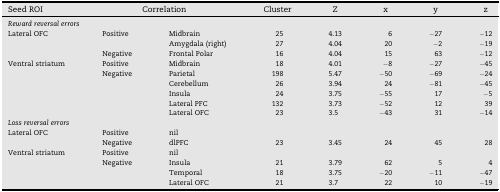
<table><thead><tr><td><b>Seed ROI</b></td><td colspan="2"><b>Correlation</b></td><td><b>Cluster</b></td><td><b>Z</b></td><td><b>x</b></td><td><b>y</b></td><td><b>z</b></td></tr></thead><tbody><tr><td colspan="8"><i>Reward reversal errors</i></td></tr><tr><td>Lateral OFC</td><td>Positive</td><td>Midbrain</td><td>25</td><td>4.13</td><td>6</td><td>−27</td><td>−12</td></tr><tr><td>Amygdala (right)</td><td>27</td><td>4.04</td><td>20</td><td>−2</td><td>−19</td></tr><tr><td>Negative</td><td>Frontal Polar</td><td>16</td><td>4.04</td><td>15</td><td>63</td><td>−12</td></tr><tr><td>Ventral striatum</td><td>Positive</td><td>Midbrain</td><td>18</td><td>4.01</td><td>−8</td><td>−27</td><td>−45</td></tr><tr><td>Negative</td><td>Parietal</td><td>198</td><td>5.47</td><td>−50</td><td>−69</td><td>−24</td></tr><tr><td>Cerebellum</td><td>26</td><td>3.94</td><td>24</td><td>−81</td><td>−45</td></tr><tr><td>Insula</td><td>24</td><td>3.75</td><td>−55</td><td>17</td><td>−5</td></tr><tr><td>Lateral PFC</td><td>132</td><td>3.73</td><td>−52</td><td>12</td><td>39</td></tr><tr><td>Lateral OFC</td><td>23</td><td>3.5</td><td>−43</td><td>31</td><td>−14</td></tr><tr><td colspan="8"><i>Loss reversal errors</i></td></tr><tr><td>Lateral OFC</td><td>Positive</td><td>nil</td><td></td><td></td><td></td><td></td><td></td></tr><tr><td>Negative</td><td>dlPFC</td><td>23</td><td>3.45</td><td>24</td><td>45</td><td>28</td></tr><tr><td>Ventral striatum</td><td>Positive</td><td>nil</td><td></td><td></td><td></td><td></td><td></td></tr><tr><td>Negative</td><td>Insula</td><td>21</td><td>3.79</td><td>62</td><td>5</td><td>4</td></tr><tr><td>Temporal</td><td>18</td><td>3.75</td><td>−20</td><td>−11</td><td>−47</td></tr><tr><td>Lateral OFC</td><td>21</td><td>3.7</td><td>22</td><td>10</td><td>−19</td></tr></tbody></table>